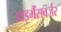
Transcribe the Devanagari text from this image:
आइमैंसबर्जर